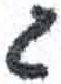
אות: ג